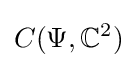
C(\Psi ,\mathbb {C} ^{2})